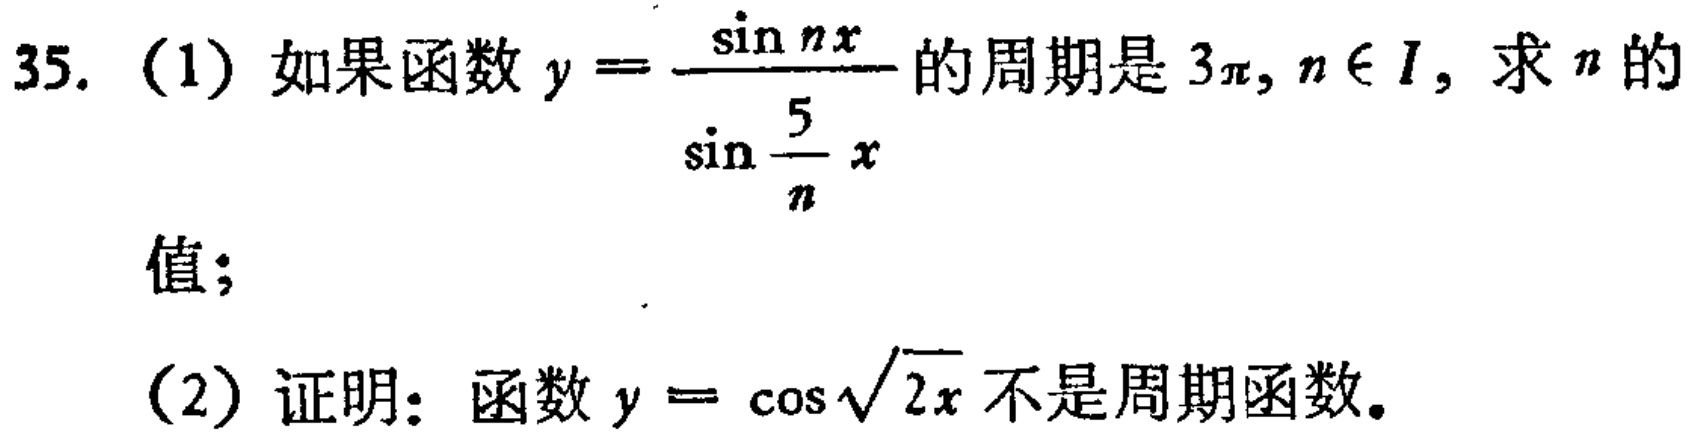
(1) 如果函数 \(y = \frac{\sin nx}{\sin\frac{5}{n}x}\) 的周期是 \(3\pi\)，\(n\in I\)，求 \(n\) 的值；

(2) 证明：函数 \(y = \cos\sqrt{2x}\) 不是周期函数。